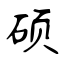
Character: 硕